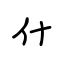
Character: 什